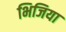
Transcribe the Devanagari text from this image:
भिजिया